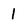
Character: 1